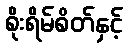
စိုးရိမ်စိတ်နှင့်